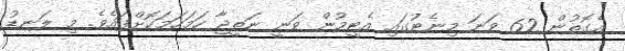
އެގޮތުން 62 ވަނަ މިނެޓުގައި އެޓީމުން ވަނީ ނަތީޖާ ހަމަހަމަކޮށްފައެވެ. މި ލަނޑު